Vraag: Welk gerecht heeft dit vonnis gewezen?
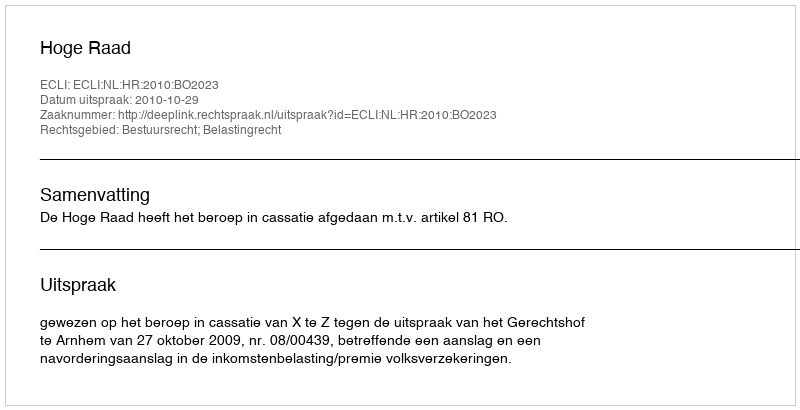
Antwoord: Hoge Raad